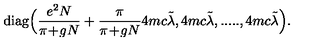
\mathrm { d i a g } \Big ( \frac { e ^ { 2 } N } { \pi \! + \! g N } + \frac { \pi } { \pi \! + \! g N } 4 m c \tilde { \lambda } , 4 m c \tilde { \lambda } , . . . . . , 4 m c \tilde { \lambda } \Big ) .